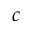
c